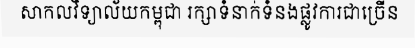
សាកលវិទ្យាល័យកម្ពុជា រក្សាទំនាក់ទំនងផ្លូវការជាច្រើន